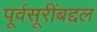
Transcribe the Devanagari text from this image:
पूर्वसूरींबद्दल